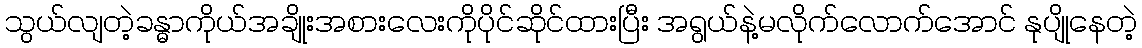
သွယ်လျတဲ့ခန္ဓာကိုယ်အချိုးအစားလေးကိုပိုင်ဆိုင်ထားပြီး အရွယ်နဲ့မလိုက်လောက်အောင် နုပျိုနေတဲ့